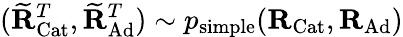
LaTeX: (\widetilde{\mathbf{R}}_{\mathrm{Cat}}^{T},\widetilde{\mathbf{R}}_{\mathrm{Ad}}^{T})\sim p_{\mathrm{simple}}(\mathbf{R}_{\mathrm{Cat}},\mathbf{R}_{\mathrm{Ad}})